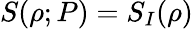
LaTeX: S(\rho;P)=S_{I}(\rho)